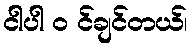
ငါပါ ၀ င်ချင်တယ်၊